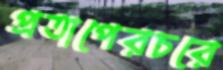
প্রতাপেরচরে